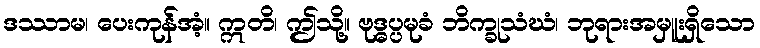
ဒဿာမ၊ ပေးကုန်အံ့။ ဣတိ၊ ဤသို့။ ဗုဒ္ဓပ္ပမုခံ ဘိက္ခုသံဃံ၊ ဘုရားအမှူးရှိသော